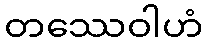
တဿေဝါဟံ